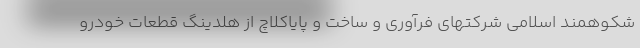
شکوهمند اسلامی شرکتهای فرآوری و ساخت و پایاکلاچ از هلدینگ قطعات خودرو